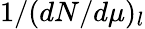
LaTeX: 1/(dN/d\mu)_{l}